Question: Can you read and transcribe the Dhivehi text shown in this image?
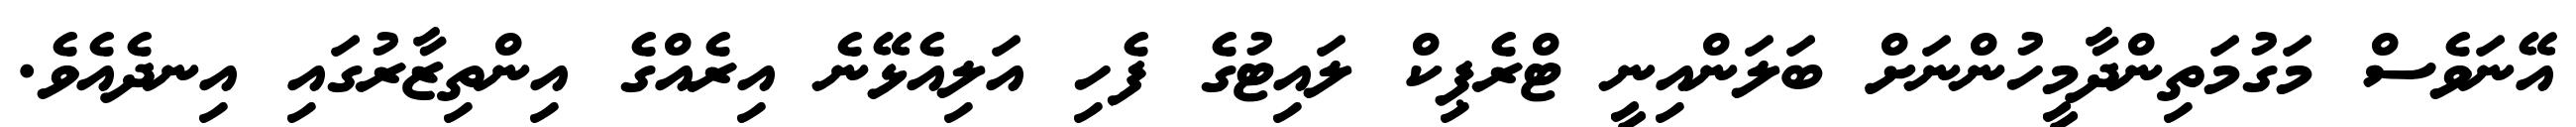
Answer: އޭނަވެސް މަގުމަތިންދާމީހުންނަށް ބަލަންއިނީ ޓްރެޕިކް ލައިޓުގެ ފެހި އަލިއެޅޭނެ އިރެއްގެ އިންތިޒާރުގައި އިނދެއެވެ.